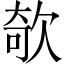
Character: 欹